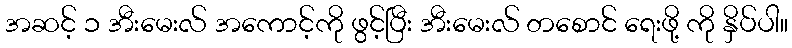
အဆင့် ၁ အီးမေးလ် အကောင့်ကို ဖွင့်ပြီး အီးမေးလ် တစောင် ရေးဖို့ ကို နှိပ်ပါ။